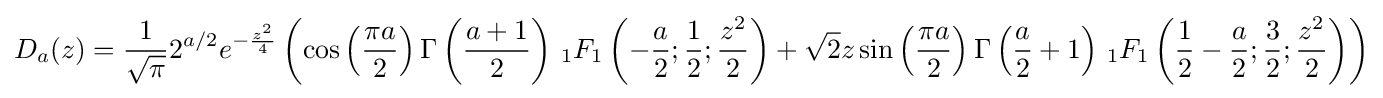
D_{a}(z)={\frac {1}{\sqrt {\pi }}}{2^{a/2}e^{-{\frac {z^{2}}{4}}}\left(\cos \left({\frac {\pi a}{2}}\right)\Gamma \left({\frac {a+1}{2}}\right)\,_{1}F_{1}\left(-{\frac {a}{2}};{\frac {1}{2}};{\frac {z^{2}}{2}}\right)+{\sqrt {2}}z\sin \left({\frac {\pi a}{2}}\right)\Gamma \left({\frac {a}{2}}+1\right)\,_{1}F_{1}\left({\frac {1}{2}}-{\frac {a}{2}};{\frac {3}{2}};{\frac {z^{2}}{2}}\right)\right)}